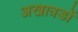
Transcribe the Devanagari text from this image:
अखात्रडों